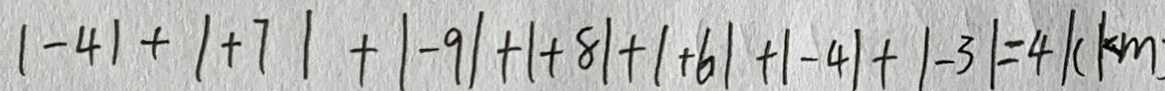
\vert - 4 \vert + \vert + 7 \vert + \vert - 9 \vert + \vert + 8 \vert + \vert + 6 \vert + \vert - 4 \vert + \vert - 3 \vert = 4 \vert ( k m )